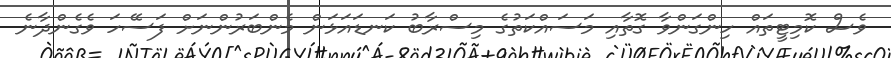
ވެސް ކޮމިޓީތައް ހިންގަންވާ ގޮތާއި މަސައްކަތުގެ މިސްރާބު ކަނޑައަޅަން މެންބަރުންނަށް ފަސޭހަ ވެގެންދާނެ